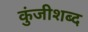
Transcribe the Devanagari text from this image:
कुंजीशब्द